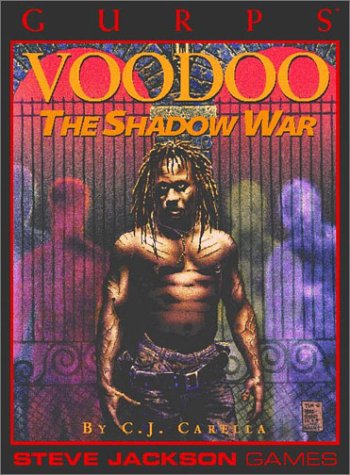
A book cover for GURPS Voodoo: The Shadow War; C. J. Carella; Science Fiction & Fantasy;